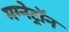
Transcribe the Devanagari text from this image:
मग्नेट्रॉन